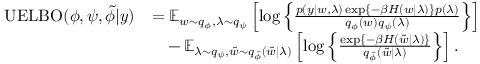
\begin{array} { r l } { \operatorname { U E L B O } ( \phi , \psi , \Tilde { \phi } | y ) } & { = \operatorname { \mathbb { E } } _ { w \sim q _ { \phi } , \lambda \sim q _ { \psi } } \left[ \log \left\{ \frac { p ( y | w , \lambda ) \exp \left\{ - \beta H ( w | \lambda ) \right\} p ( \lambda ) } { q _ { \phi } ( w ) q _ { \psi } ( \lambda ) } \right\} \right] } \\ & { \quad - \operatorname { \mathbb { E } } _ { \lambda \sim q _ { \psi } , \Tilde { w } \sim q _ { \Tilde { \phi } } ( \Tilde { w } | \lambda ) } \left[ \log \left\{ \frac { \exp \left\{ - \beta H ( \Tilde { w } | \lambda ) \right\} } { q _ { \Tilde { \phi } } ( \Tilde { w } | \lambda ) } \right\} \right] . } \end{array}